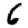
Digit: 6